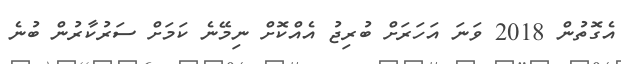
އެގޮތުން 2018 ވަނަ އަހަރަށް ބުރިޖު އެއްކޮށް ނިމޭނެ ކަމަށް ސަރުކާރުން ބުނެ